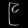
Digit: ၉